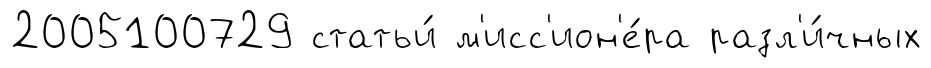
2005100729 статьи́ м'исс'ион'е́ра разл'и́чных